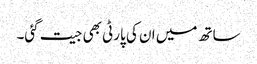
ساتھ میں ان کی پارٹی بھی جیت گئی۔